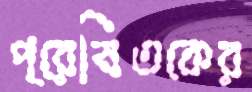
প্রেষিতকের